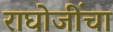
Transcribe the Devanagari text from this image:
राघोजींचा